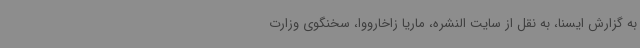
به گزارش ایسنا، به نقل از سایت النشره، ماریا زاخارووا، سخنگوی وزارت